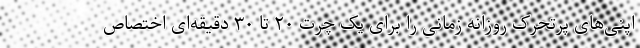
اپنی‌های پرتحرک روزانه زمانی را برای یک چرت ۲۰ تا ۳۰ دقیقه‌ای اختصاص